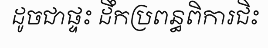
ដូចជាផ្ទះ ដឹកប្រពន្ធពិការជិះ